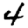
Digit: 4